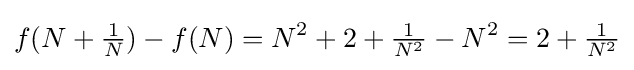
f(N+{\tfrac {1}{N}})-f(N)=N^{2}+2+{\tfrac {1}{N^{2}}}-N^{2}=2+{\tfrac {1}{N^{2}}}